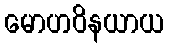
မောဟဝိနယာယ